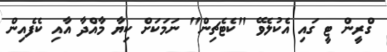
ގްރީން ޓީ ގައި އެކުލެވޭ "ކެޓެޗިން" ނަމަކަށް ކިޔާ މާއްދާ އާއި ކެފެއިން